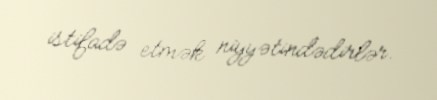
istifadə etmək niyyətindədirlər.